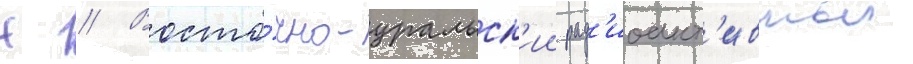
Н // Восто́чно-уральск'ии рад'иоакт'ивныи